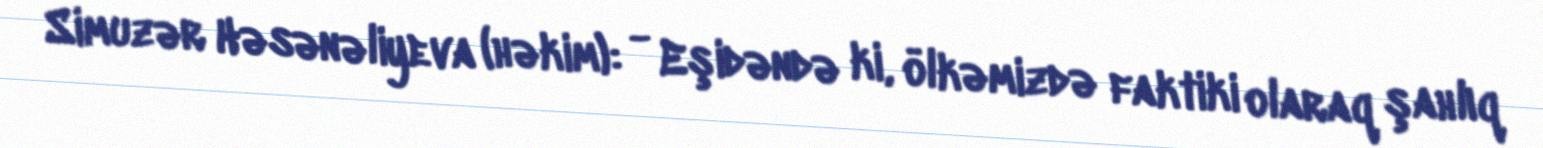
Simuzər Həsənəliyeva (həkim): - Eşidəndə ki, ölkəmizdə faktiki olaraq şahlıq